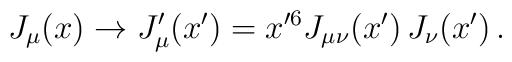
J_{\mu}(x)\rightarrow J_\mu'(x')=x'^6J_{\mu\nu}(x')\,J_\nu(x') \, .